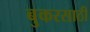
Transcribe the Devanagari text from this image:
बुकरसाठी